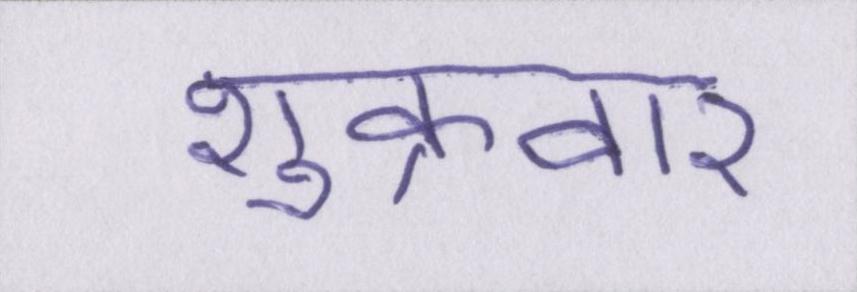
शुक्रवार